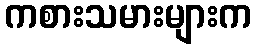
ကစားသမားများက